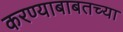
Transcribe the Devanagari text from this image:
करण्याबाबतच्या